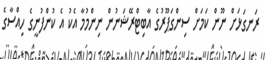
ރަނގަޅަށް ނޫން ކަމަށް ސިންގަޕޫރުގެ އާބިޓްރޭޝަނުން ނިންމުމާ އެކު އެ ކުންފުނީގެ ހިއްސާގެ